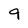
Character: 9